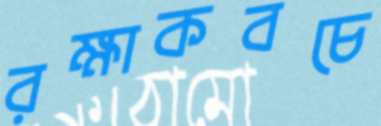
রক্ষাকবচে